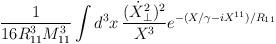
LaTeX: \begin{align*}\frac{1 }{16 R^3_{11} M_{11}^3 }\int d^3 x\, \frac{ (\dot X_{\perp}^2)^2 }{ X^3} e^{-(X/\gamma - iX^{11})/R_{11}} \end{align*}